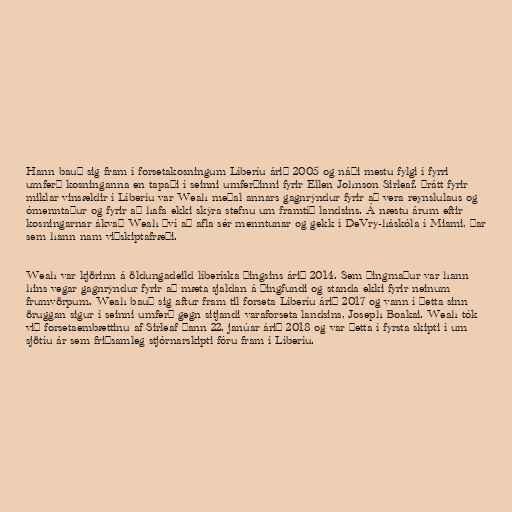
Hann bauð sig fram í forsetakosningum Líberíu árið 2005 og náði mestu fylgi í fyrri
umferð kosninganna en tapaði í seinni umferðinni fyrir Ellen Johnson Sirleaf. Þrátt fyrir
miklar vinsældir í Líberíu var Weah meðal annars gagnrýndur fyrir að vera reynslulaus og
ómenntaður og fyrir að hafa ekki skýra stefnu um framtíð landsins. Á næstu árum eftir
kosningarnar ákvað Weah því að afla sér menntunar og gekk í DeVry-háskóla í Miami, þar
sem hann nam viðskiptafræði.

Weah var kjörinn á öldungadeild líberíska þingsins árið 2014. Sem þingmaður var hann
hins vegar gagnrýndur fyrir að mæta sjaldan á þingfundi og standa ekki fyrir neinum
frumvörpum. Weah bauð sig aftur fram til forseta Líberíu árið 2017 og vann í þetta sinn
öruggan sigur í seinni umferð gegn sitjandi varaforseta landsins, Joseph Boakai. Weah tók
við forsetaembættinu af Sirleaf þann 22. janúar árið 2018 og var þetta í fyrsta skipti í um
sjötíu ár sem friðsamleg stjórnarskipti fóru fram í Líberíu.